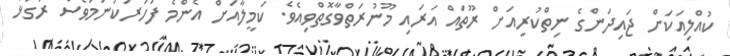
ކުއްލިއަކަށް ޖައިދަންގެ ނިތްކުރިއަށް ރޫތައް އަރައި މޫނުރަތްވާގޮތްވިއެވެ. ކަމީލާއަށް އެންމެ ފަހަރަކުނަމަވެސް ރަގަޅު